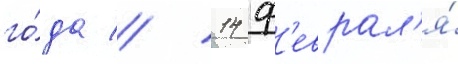
го́да // 14 ф'еврал'я́